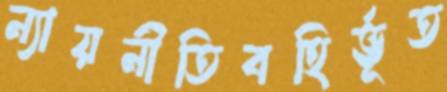
ন্যায়নীতিবহির্ভূত